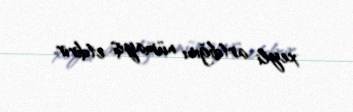
xeyli artdığını nümayiş etdirir.